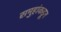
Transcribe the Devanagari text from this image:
समुहांकडून